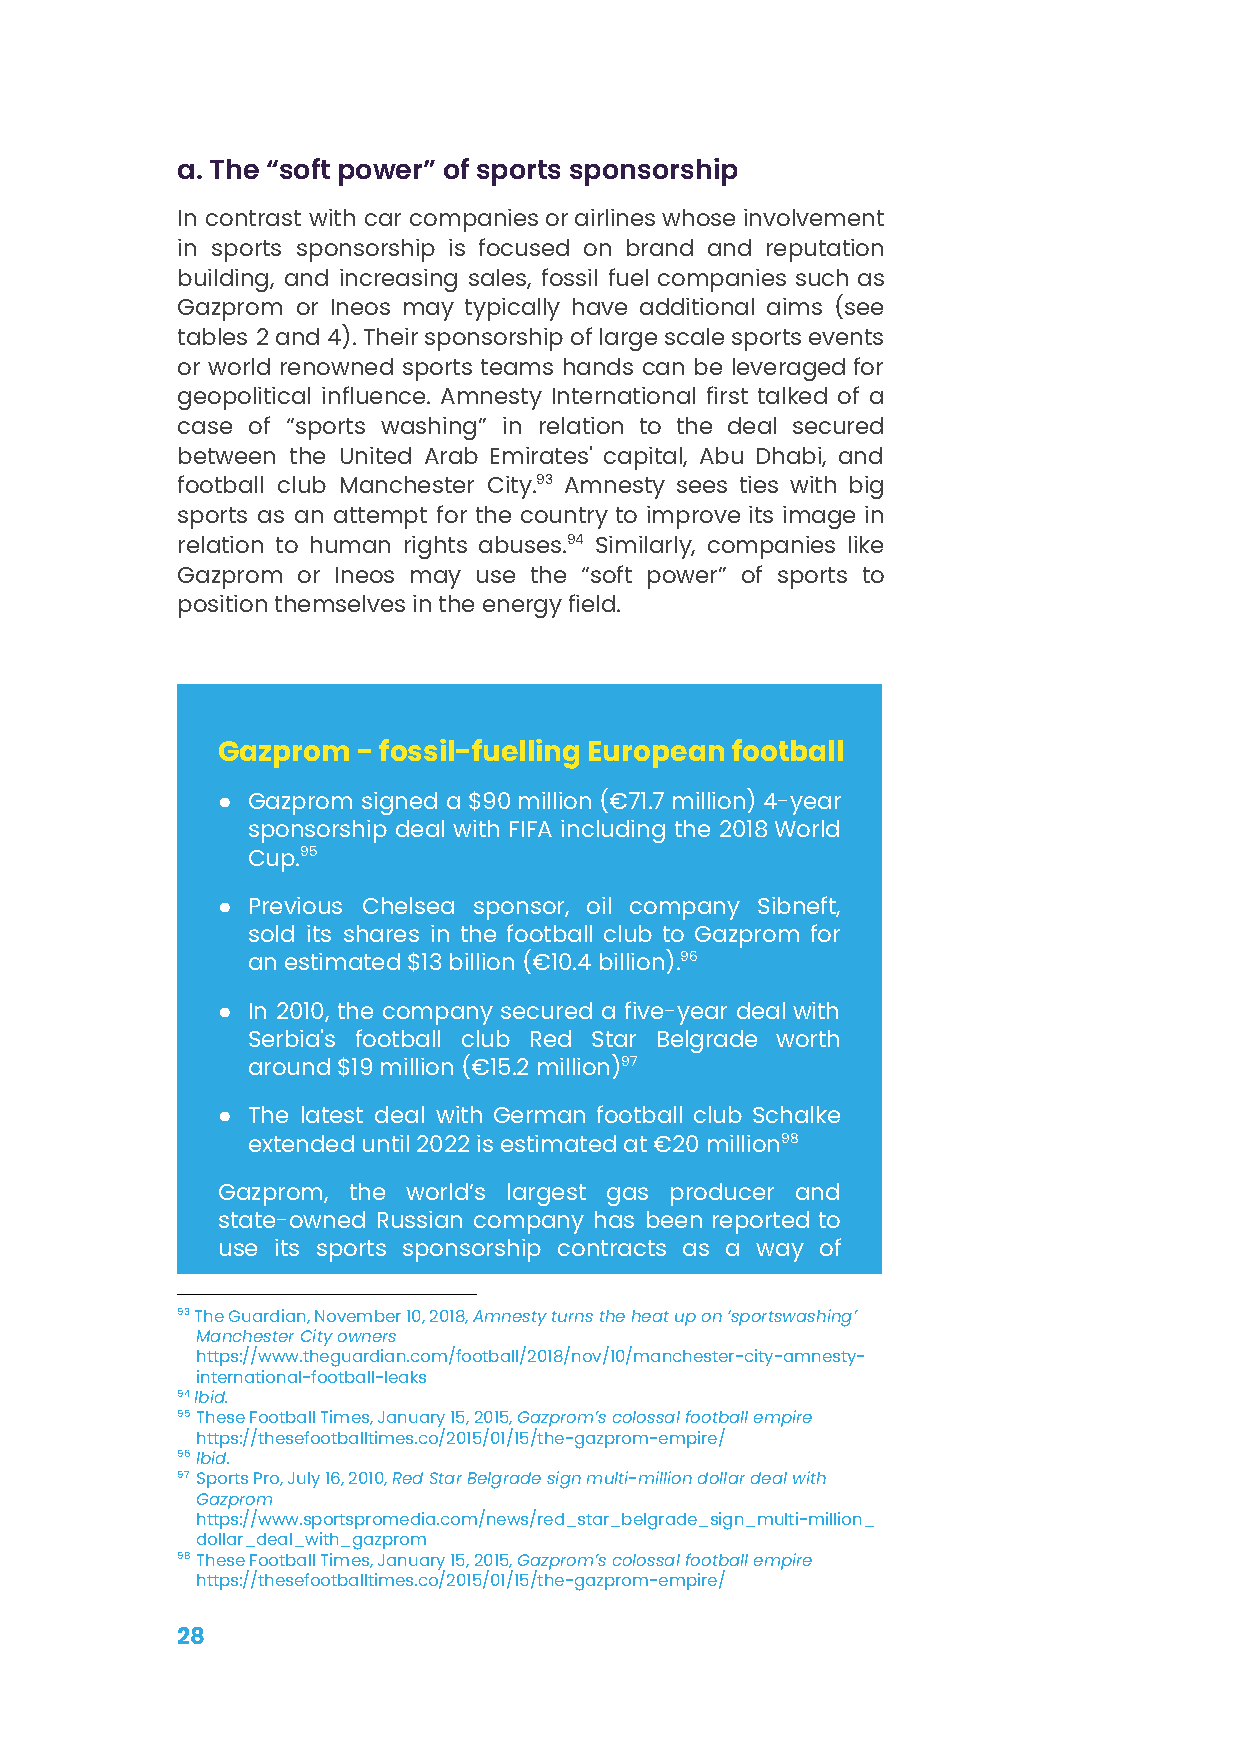
a. The “soft power” of sports sponsorship
 In contrast with car companiesorairlineswhoseinvolvement
 in sports sponsorship is focused on brand and reputation
 building, and increasing sales, fossil fuel companies such as
 Gazprom or Ineos may typically have additional aims (see
 tables 2and4).Theirsponsorshipoflargescalesportsevents
 or world renowned sports teams hands can be leveragedfor
 geopolitical influence. Amnesty International first talked of a
 case of “sports washing” in relation to the deal secured
 between the United Arab Emirates' capital, Abu Dhabi, and
 football club Manchester City.93 Amnesty sees ties with big
 sports as an attempt for the country to improve its image in
 relation to human rights abuses.94 Similarly, companies like
 Gazprom or Ineos may use the “soft power” of sports to
 position themselves in the energy field.
 Gazprom   - fossil-fuelling European football
 ● Gazprom signed a$90million(€71.7million)4-year
 sponsorship deal with FIFA including the 2018World
 Cup.95
 ● Previous Chelsea sponsor, oil company Sibneft,
 sold its shares in the football club to Gazprom for
 an estimated $13 billion (€10.4 billion).96
 ● In 2010, the company secured a five-year dealwith
 Serbia's football club Red Star Belgrade worth
 around $19 million (€15.2 million)97
 ● The latest deal with German football club Schalke
 extended until 2022 is estimated at €20 million98
 Gazprom, the world’s largest gas producer and
 state-owned Russian company has been reported to
 use its sports sponsorship contracts as a way of
 93The Guardian, November 10, 2018,Amnesty turns theheat up on ‘sportswashing’
 Manchester City owners
 https://www.theguardian.com/football/2018/nov/10/manchester-city-amnesty-
 international-football-leaks
 94Ibid.
 95These Football Times, January 15, 2015,Gazprom’scolossal football empire
 https://thesefootballtimes.co/2015/01/15/the-gazprom-empire/
 96Ibid.
 97 Sports Pro, July 16, 2010,Red Star Belgrade signmulti-million dollar deal with
 Gazprom
 https://www.sportspromedia.com/news/red_star_belgrade_sign_multi-million_
 dollar_deal_with_gazprom
 98These Football Times, January 15, 2015,Gazprom’scolossal football empire
 https://thesefootballtimes.co/2015/01/15/the-gazprom-empire/
 28